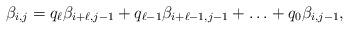
LaTeX: \begin{align*}\beta_{i,j}=q_\ell\beta_{i+\ell,j-1}+q_{\ell-1}\beta_{i+\ell-1,j-1}+\ldots+q_0\beta_{i,j-1},\end{align*}